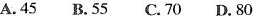
A.45 B.55 C.70 D.80